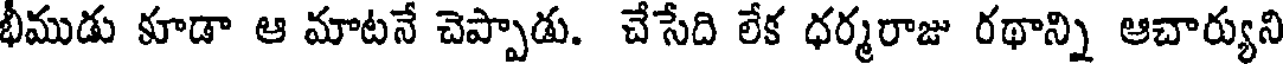
భీముడు కూడా ఆ మాటనే చెప్పాడు. చేసేది లేక ధర్మరాజు రథాన్ని ఆచార్యుని